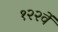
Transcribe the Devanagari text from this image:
१२२वें